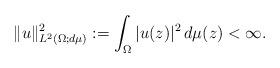
LaTeX: \begin{align*}\|u\|^2_{L^2(\Omega;d\mu)} := \int_{\Omega} |u(z)|^2 \, d\mu(z) <\infty.\end{align*}